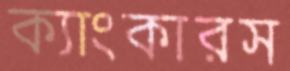
ক্যাংকারস